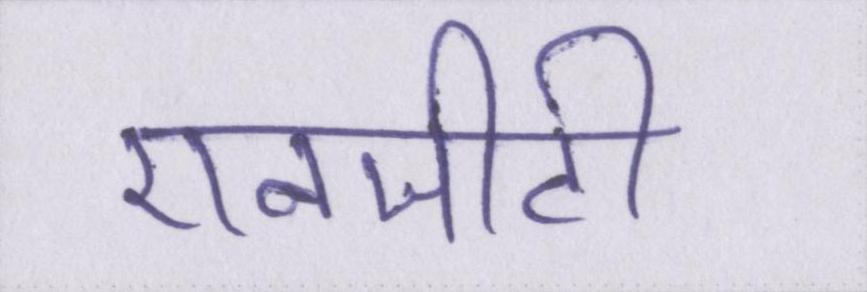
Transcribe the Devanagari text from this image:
एनजीटी